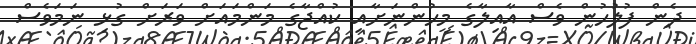
ދެން ފުލުހުން ވެސް އާއިލާގެ މީހުންނަށާއި ކުއްޖާގެ މަންމައަށް ވަރަށް ގުޅި ނަމަވެސް